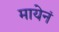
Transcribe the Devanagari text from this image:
मायेनं